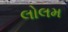
લોલમ